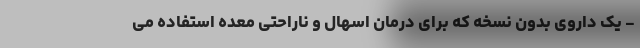
- یک داروی بدون نسخه که برای درمان اسهال و ناراحتی معده استفاده می